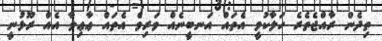
ތިދެން ރާއްޖެތެރެ ހަލާކުވީ އެތައް އަނބީނެއް ވަރިވެ އެތައް ޢާޢިލާ އެއް ރޫޅުނީ